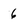
Character: 6